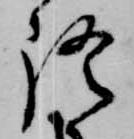
語